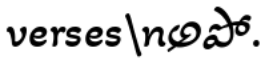
verses\nఅపో.